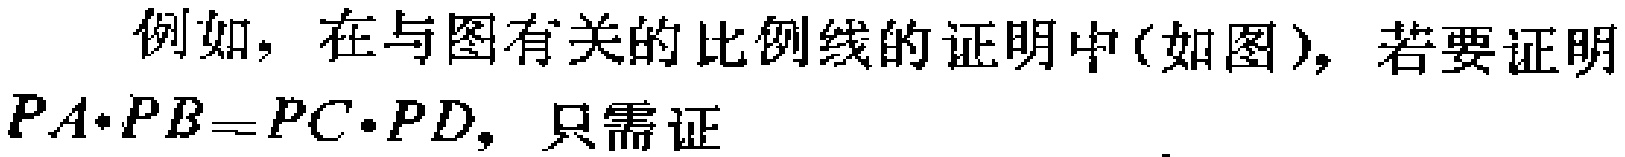
例如，在与图有关的比例线的证明中(如图)，若要证明$PA\cdot PB = PC\cdot PD$，只需证  。